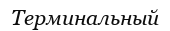
Терминальный